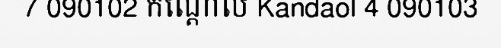
7 090102 កណ្តោល Kandaol 4 090103